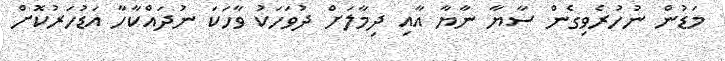
މަޑުން ނުހުރެވިގެން ސާޔާ ނާޔާ އާއި ދިމާލަށް ދުވަހަކު ވާހަކަ ނުދައްކާހާ އަޑުހަރުކޮށް